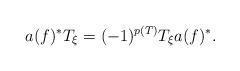
LaTeX: \begin{align*}a(f)^*T_{\xi} = (-1)^{p(T)} T_{\xi} a(f)^*.\end{align*}